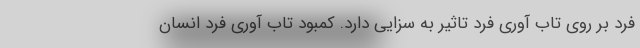
فرد بر روی تاب آوری فرد تاثیر به سزایی دارد. کمبود تاب آوری فرد انسان